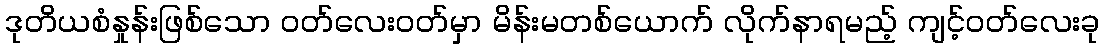
ဒုတိယစံနှုန်းဖြစ်သော ဝတ်လေးဝတ်မှာ မိန်းမတစ်ယောက် လိုက်နာရမည့် ကျင့်ဝတ်လေးခု